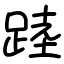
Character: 踛